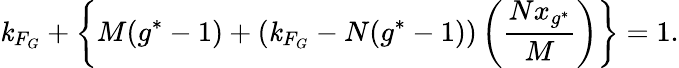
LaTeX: \mathit{k}_{F_{G}}+\left\{ M(g^{*}-1)+\left(\mathit{k}_{F_{G}}-N(g^{*}-1)\right)\left(\frac{{Nx_{g^{*}}}}{{M}}\right)\right\} =1.